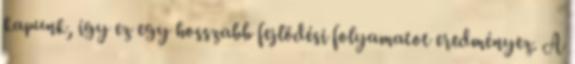
kapunk, így ez egy hosszabb fejlődési folyamatot eredményez. A